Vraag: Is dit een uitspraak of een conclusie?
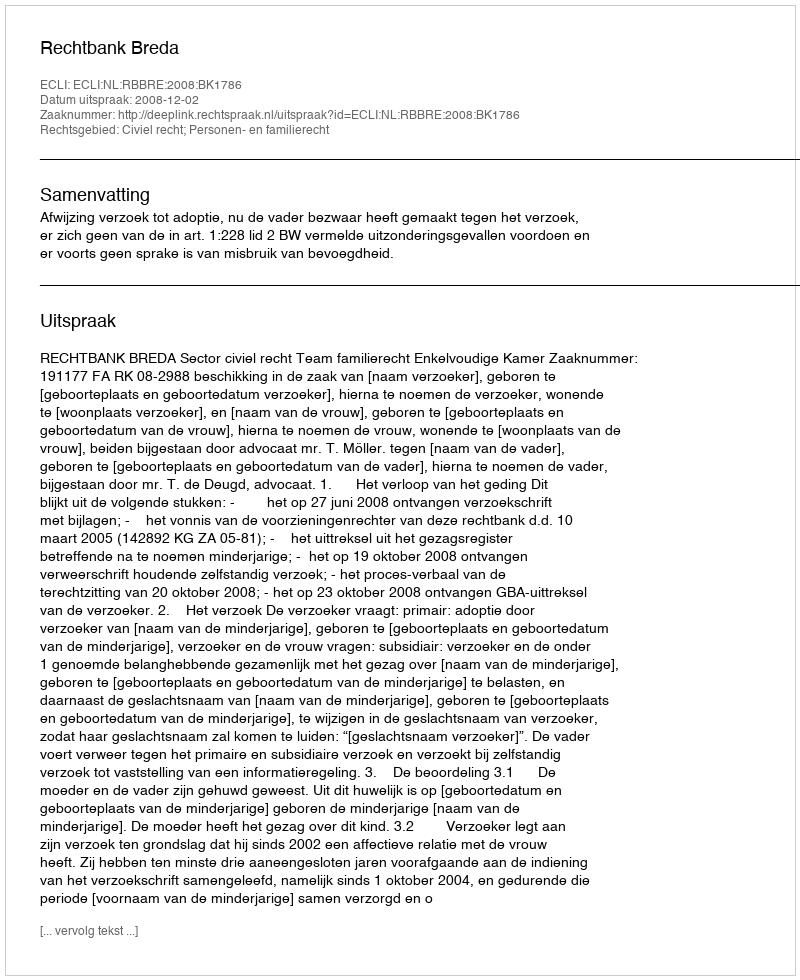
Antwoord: Uitspraak